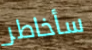
سأخاطر